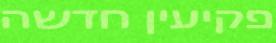
פקיעין חדשה